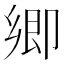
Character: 𭅼